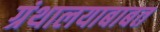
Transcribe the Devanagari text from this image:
ग्रंथालयाबाबत